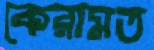
কেরামত